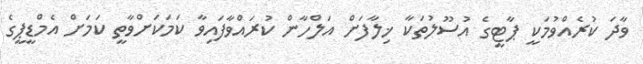
ވާދަ ކުރެއްވުމަކީ ޕާޓީގެ އުސޫލުތަކާ ޚިލާފަށް އަލްހާން ކުރައްވާފައިވާ ކަމަކަށްވާތީ ކަމަށް އެމްޑީޕީގެ